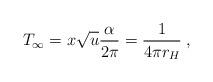
LaTeX: \begin{align*}T_{\infty} = x \sqrt{u} {\alpha \over 2 \pi} = {1 \over 4 \pi r_H} \; ,\end{align*}